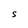
Character: S